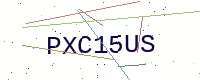
Text: PXC15US